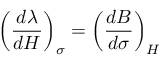
\left( { \frac { d \lambda } { d H } } \right) _ { \sigma } = \left( { \frac { d B } { d \sigma } } \right) _ { H }